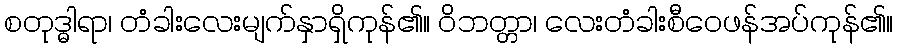
စတုဒ္ဓါရာ၊ တံခါးလေးမျက်နှာရှိကုန်၏။ ဝိဘတ္တာ၊ လေးတံခါးစီဝေဖန်အပ်ကုန်၏။